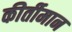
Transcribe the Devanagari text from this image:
कीर्तीमान